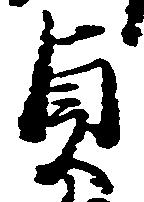
貞